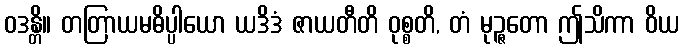
ဝဒန္တိ။ တတြာယမဓိပ္ပါယော ယဒိဒံ ဇာယတီတိ ဝုစ္စတိ, တံ မုဉ္ဇတော ဤသိကာ ဝိယ